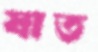
যাত